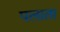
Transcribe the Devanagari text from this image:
पलाता